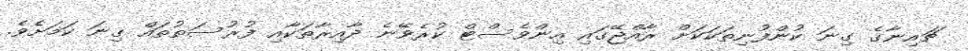
ޗައިނާގެ ގިނަ ކުންފުނިތަކަކަށް ރާއްޖޭގައި އިންވެސްޓް ކުރެވޭނެ ދާއިރާތަކާއި ފުރުސަތުތައް ގިނަ ކަމަށެވެ.